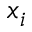
x _ { i }